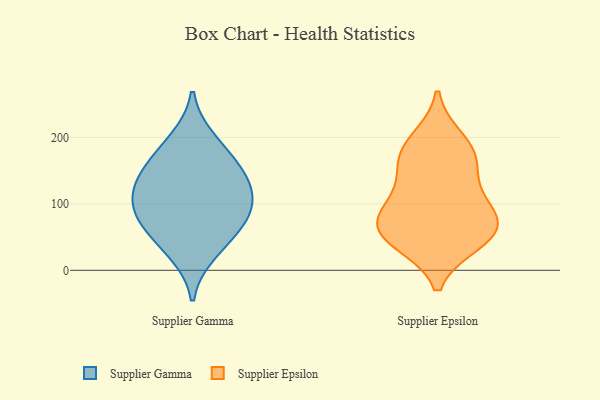
{"axis": {"x": "Conversion Rate (%)", "y": "Value"}, "legend": ["Supplier Epsilon", "Supplier Gamma"], "data": [{"x": "", "y": 64, "type": "Supplier Gamma"}, {"x": "", "y": 198, "type": "Supplier Gamma"}, {"x": "", "y": 111, "type": "Supplier Gamma"}, {"x": "", "y": 166, "type": "Supplier Gamma"}, {"x": "", "y": 144, "type": "Supplier Gamma"}, {"x": "", "y": 25, "type": "Supplier Gamma"}, {"x": "", "y": 62, "type": "Supplier Gamma"}, {"x": "", "y": 101, "type": "Supplier Gamma"}, {"x": "", "y": 94, "type": "Supplier Gamma"}, {"x": "", "y": 140, "type": "Supplier Gamma"}, {"x": "", "y": 50, "type": "Supplier Epsilon"}, {"x": "", "y": 169, "type": "Supplier Epsilon"}, {"x": "", "y": 88, "type": "Supplier Epsilon"}, {"x": "", "y": 52, "type": "Supplier Epsilon"}, {"x": "", "y": 43, "type": "Supplier Epsilon"}, {"x": "", "y": 107, "type": "Supplier Epsilon"}, {"x": "", "y": 144, "type": "Supplier Epsilon"}, {"x": "", "y": 176, "type": "Supplier Epsilon"}, {"x": "", "y": 68, "type": "Supplier Epsilon"}, {"x": "", "y": 196, "type": "Supplier Epsilon"}, {"x": "", "y": 77, "type": "Supplier Epsilon"}]}